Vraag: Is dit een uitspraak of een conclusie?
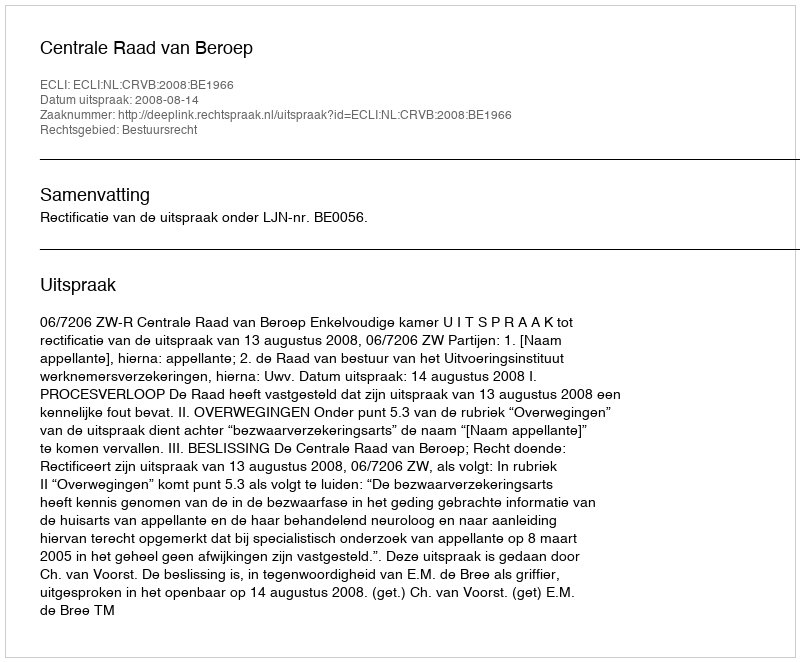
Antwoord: Uitspraak